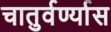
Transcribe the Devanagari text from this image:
चातुर्वर्ण्यास